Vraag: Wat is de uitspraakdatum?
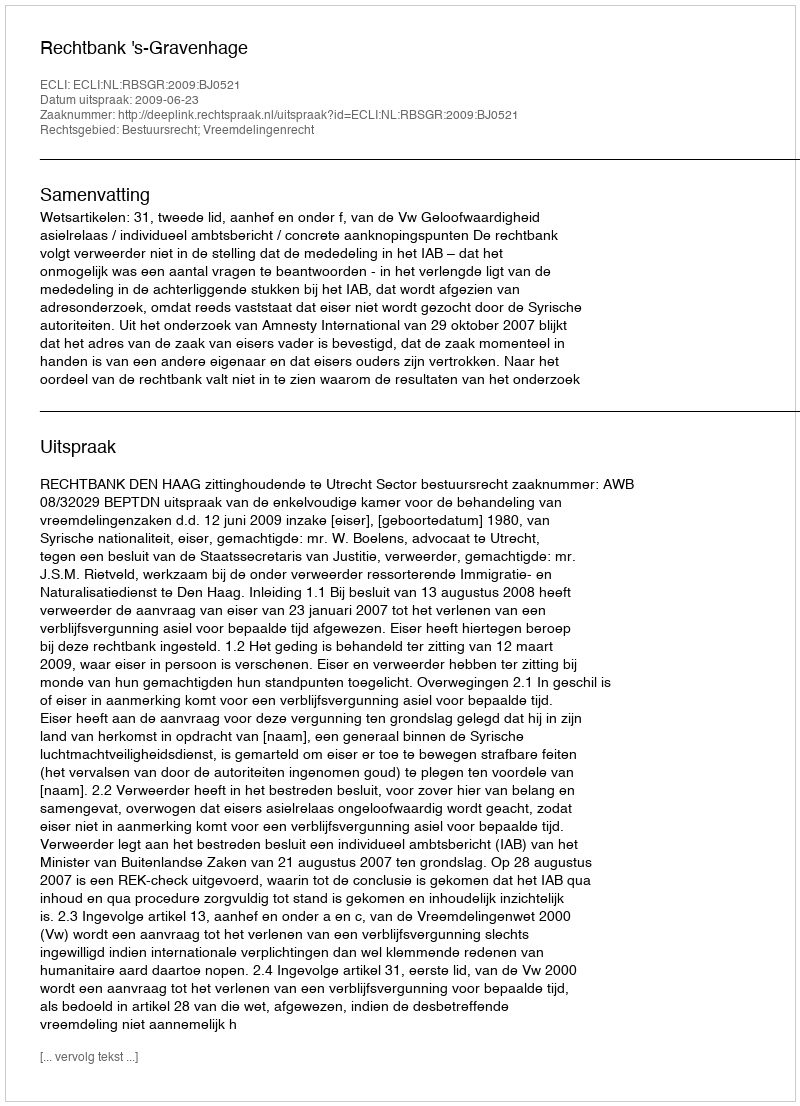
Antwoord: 2009-06-23